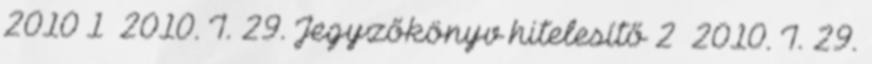
2010 1 2010. I. 29. Jegyzőkönyv hitelesítő 2 2010. I. 29.